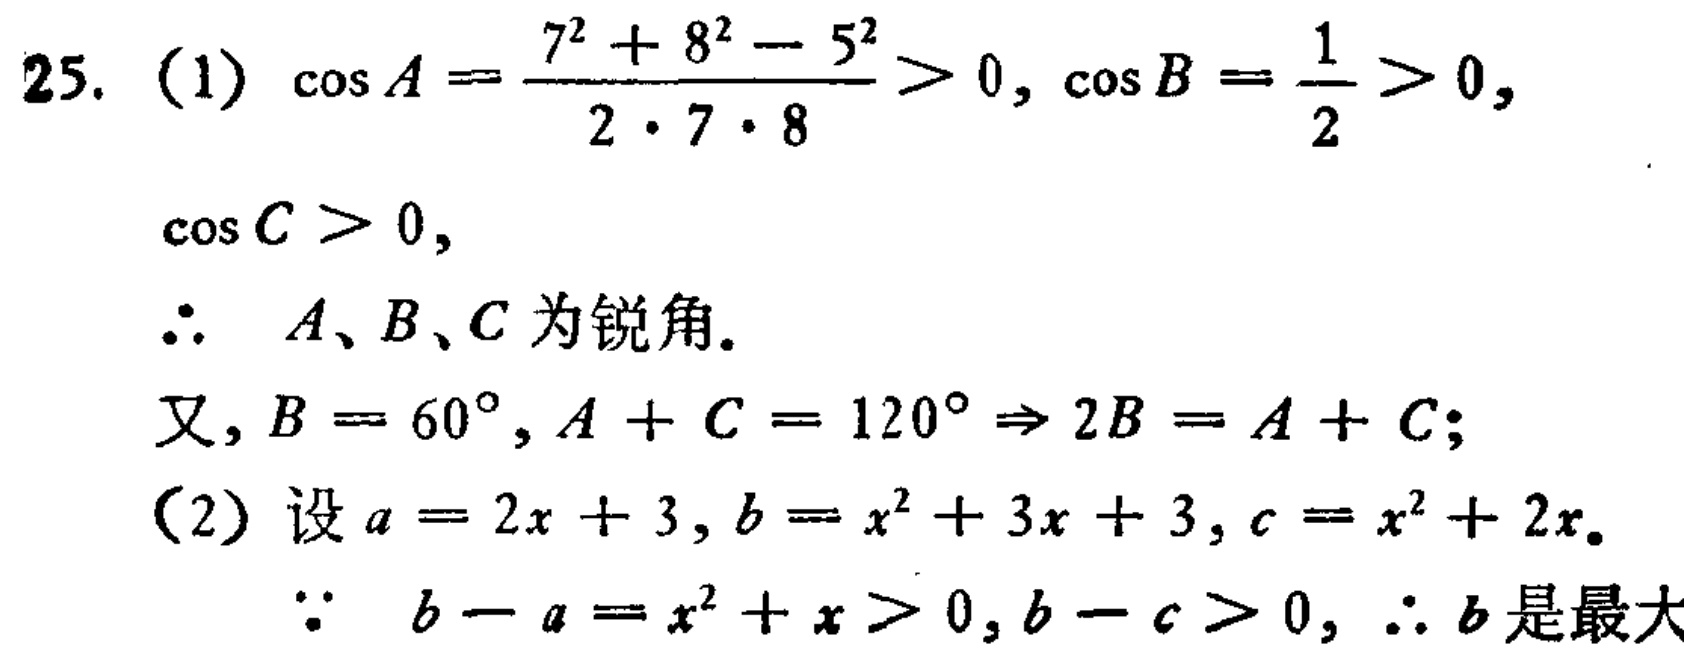
25. (1) \(\cos A=\frac{7^{2}+8^{2}-5^{2}}{2\cdot7\cdot8}>0,\cos B = \frac{1}{2}>0,\)
\(\cos C>0,\)
\(\therefore\) \(A、B、C\)为锐角。
又, \(B = 60^{\circ},A + C=120^{\circ}\Rightarrow2B=A + C;\)
(2) 设 \(a = 2x + 3,b=x^{2}+3x + 3,c=x^{2}+2x\)。
\(\because\) \(b - a=x^{2}+x>0,b - c>0,\therefore b\)是最大